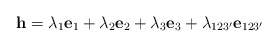
\begin{align*}\mathbf{h}=\lambda_{1}\mathbf{e}_1+\lambda_{2}\mathbf{e}_2+\lambda_{3}\mathbf{e}_3+\lambda_{123'}\mathbf{e}_{123'}\end{align*}